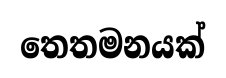
තෙතමනයක්